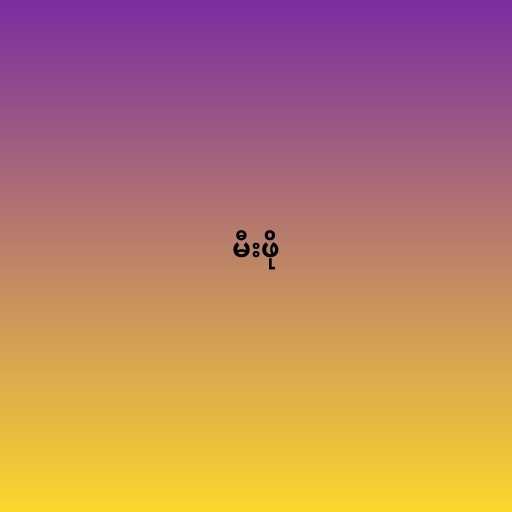
မီးဖို